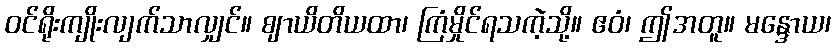
ဝင်ရိုးကျိုးလျက်သာလျှင်။ ဈာယိတိယထာ၊ ကြံမှိုင်ရသကဲ့သို့။ ဧဝံ၊ ဤအတူ။ မန္ဒောယ၊